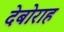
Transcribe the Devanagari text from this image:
देबोराह